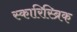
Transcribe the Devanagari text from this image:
स्कारिस्ब्रिक